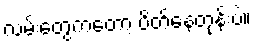
လမ်းတွေကတော့ ပိတ်နေတုန်းပဲ။